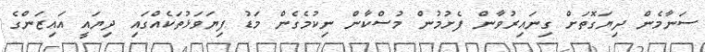
ސަނާމެން ދިޔަގޮތަށް ގިނައިރުވާން ފެށުމުން މުސްކާން ނިކުމެގެން މަޑު ފިޔަވަޅުތަކެއްގައި ދިޔައީ އައިޒަންގެ